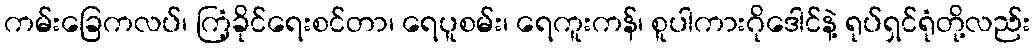
ကမ်းခြေကလပ်၊ ကြံ့ခိုင်ရေးစင်တာ၊ ရေပူစမ်း၊ ရေကူးကန်၊ စူပါကားဂိုဒေါင်နဲ့ ရုပ်ရှင်ရုံတို့လည်း